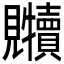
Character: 𲁐